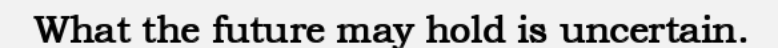
What the future may hold is uncertain.